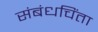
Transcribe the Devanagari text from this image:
संबंधचिंता